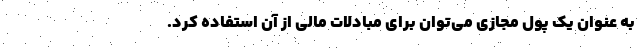
به عنوان یک پول مجازی می‌توان برای مبادلات مالی از آن استفاده کرد.